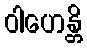
ဝါဟေန္တိ